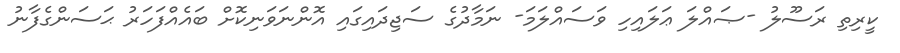
ކީރިތި ރަސޫލު -ޞައްލަ ޢަލައިހި ވަސައްލަމަ- ނަމާދުގެ ސަޖިދައިގައި އޮންނަވަނިކޮށް ބައެއްފަހަރު ޙަސަންގެފާނު